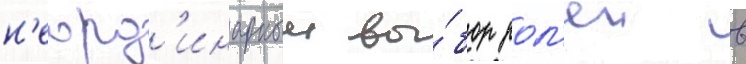
н'еорд'инарныи вы́бор рол'еи в